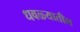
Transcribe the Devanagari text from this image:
धवळ्यातील